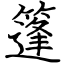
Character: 篷